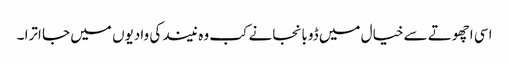
اسی اچھوتے سے خیال میں ڈوبا نجانے کب وہ نیند کی وادیوں میں جا اترا ۔